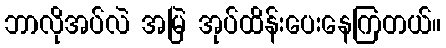
ဘာလိုအပ်လဲ အမြဲ အုပ်ထိန်းပေးနေကြတယ်။